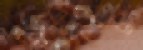
জুতিও